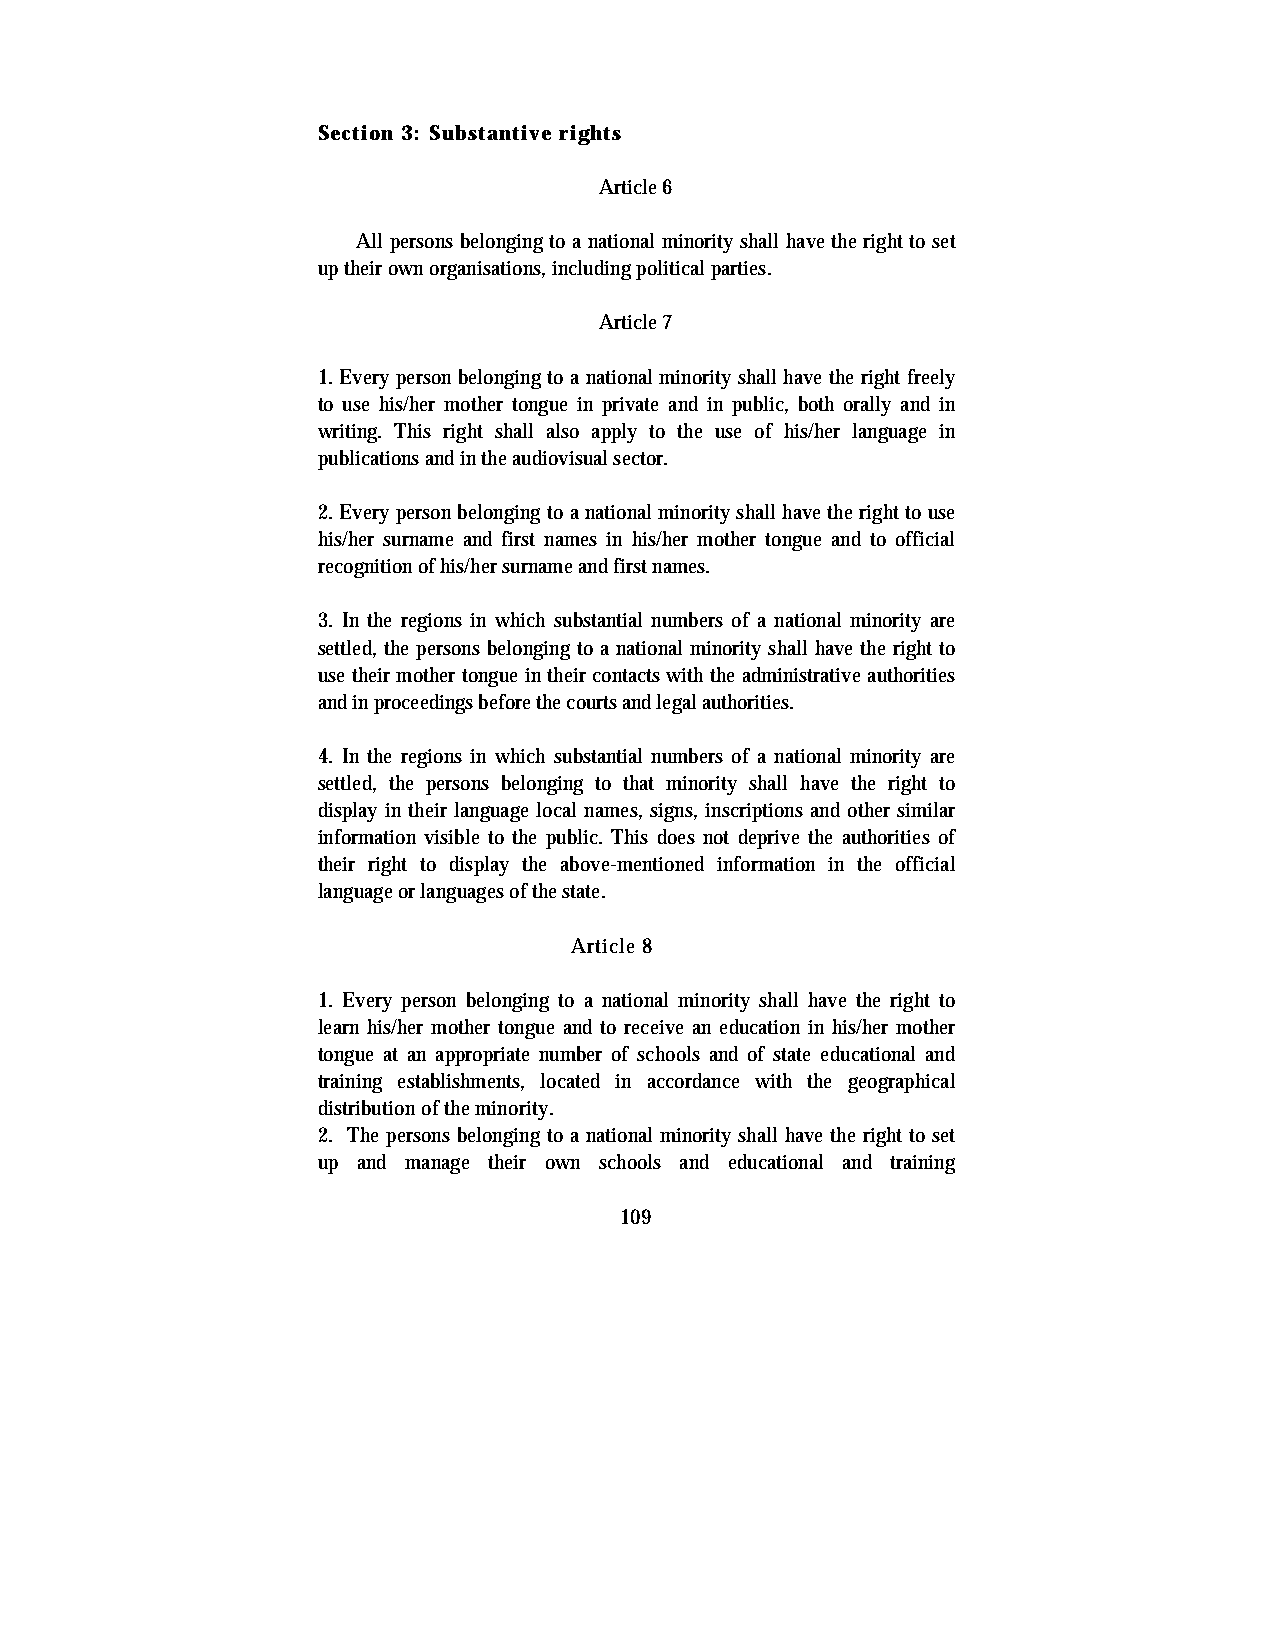
Section 3: Substantive rights
 Article 6
 All persons belonging to a national minority shall have the right to set
 up their own organisations, including political parties.
 Article 7
 1. Every person belonging to a national minority shall have the right freely
 to use his/her mother tongue in private and in public, both orally and in
 writing. This right shall also apply to the use of his/her language in
 publications and in the audiovisual sector.
 2. Every person belonging to a national minority shall have the right to use
 his/her surname and first names in his/her mother tongue and to official
 recognition of his/her surname and first names.
 3. In the regions in which substantial numbers of a national minority are
 settled, the persons belonging to a national minority shall have the right to
 use their mother tongue in their contacts with the administrative authorities
 and in proceedings before the courts and legal authorities.
 4. In the regions in which substantial numbers of a national minority are
 settled, the persons belonging to that minority shall have the right to
 display in their language local names, signs, inscriptions and other similar
 information visible to the public. This does not deprive the authorities of
 their right to display the above-mentioned information in the official
 language or languages of the state.
 Article 8
 1. Every person belonging to a national minority shall have the right to
 learn his/her mother tongue and to receive an education in his/her mother
 tongue at an appropriate number of schools and of state educational and
 training establishments, located in accordance with the geographical
 distribution of the minority.
 2. The persons belonging to a national minority shall have the right to set
 up and manage their own schools and educational and training
 109